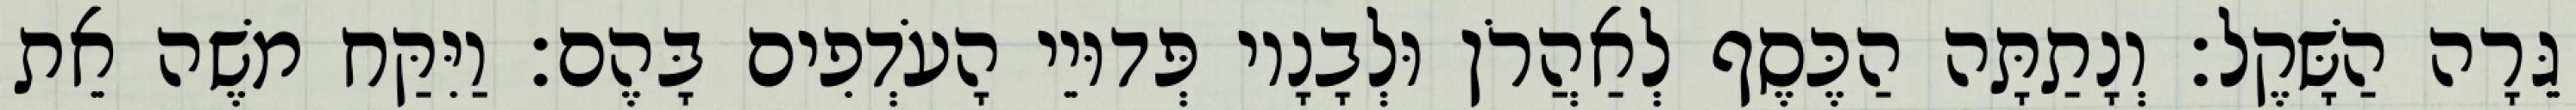
גֵּרָה הַשָּׁקֶל׃ וְנָתַתָּה הַכֶּסֶף לְאַהֲרֹן וּלְבָנָיו פְּדוּיֵי הָעֹדְפִים בָּהֶם׃ וַיִּקַּח משֶׁה אֵת